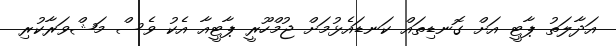
އަދާލަތު ޕާޓީ އަށް ގޮނޑިތައް ކަނޑައެޅުމަށް ޖުމްހޫރީ ޕާޓީއާ އެކު ވެސް މަޝްވަރާކުރި